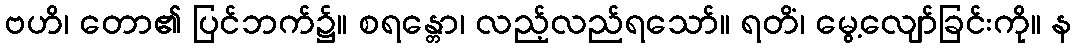
ဗဟိ၊ တော၏ ပြင်ဘက်၌။ စရန္တော၊ လည့်လည်ရသော်။ ရတိံ၊ မွေ့လျော်ခြင်းကို။ န